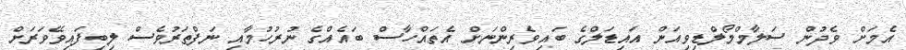
އެމަށް ވެދުން ސަލާމްމޯލްޑިވިއަން އައިޑަލްގެ ބައިވެރިންނަށް އެތައްހާސް ބައެއްގެ ނުރުހުމާއި ނަފްތަރުވެސް ލިބިފައިވޭވަރަށް